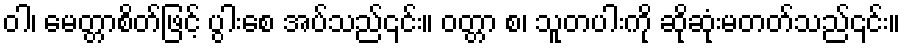
ဝါ၊ မေတ္တာစိတ်ဖြင့် ပွါးစေ အပ်သည်၎င်း။ ဝတ္တာ စ၊ သူတပါးကို ဆိုဆုံးမတတ်သည်၎င်း။